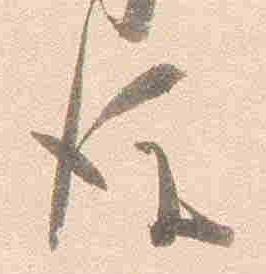
後